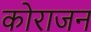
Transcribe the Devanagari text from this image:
कोराजन